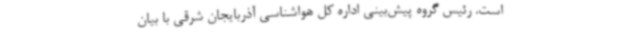
است. رئیس گروه پیش‌بینی اداره کل هواشناسی آذربایجان شرقی با بیان